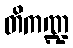
တိကဏ္ဍ